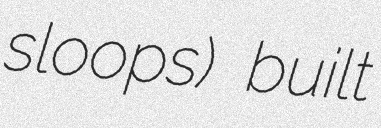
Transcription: sloops) built